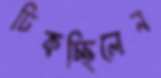
ঢিকচ্ছিলেন